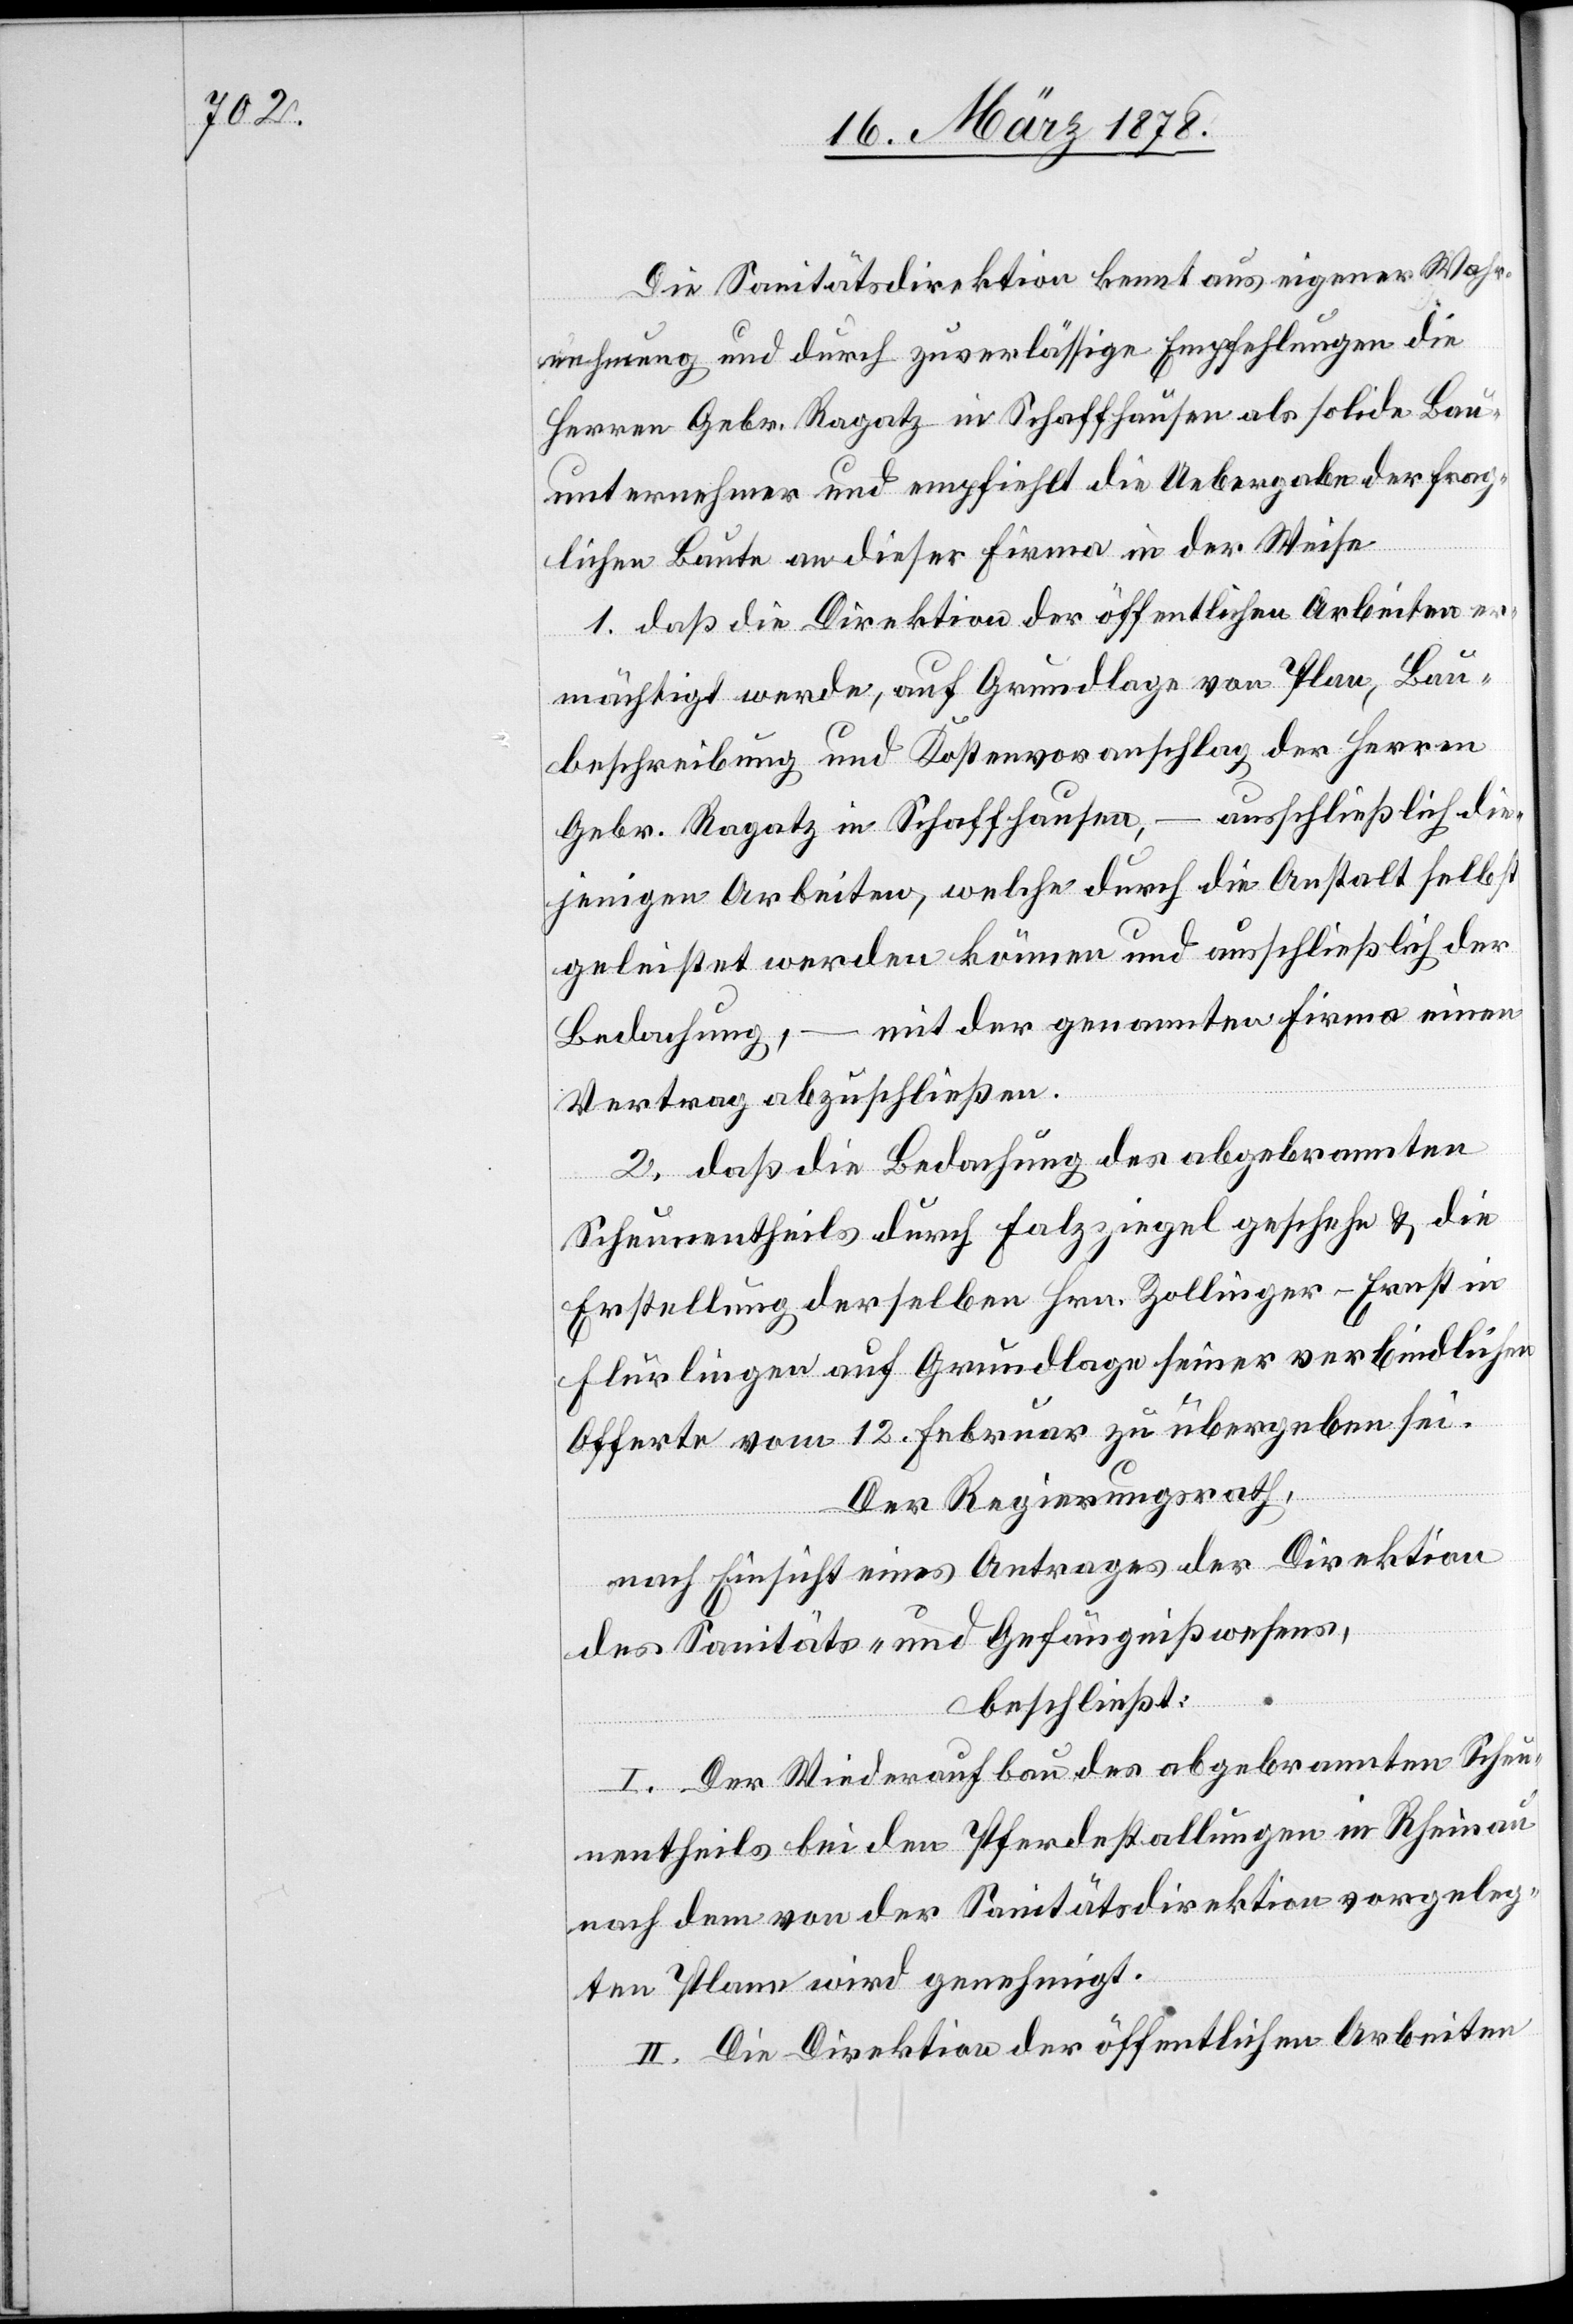
Die Sanitätsdirektion kennt aus eigener Wahr¬
nehmung und durch zuverlässige Empfehlungen die
Herren Gebr. Ragatz in Schaffhausen als solide Bau¬
unternehmer und empfiehlt die Uebergabe der frag¬
lichen Baute an dieser Firma in der Weise.
1. daß die Direktion der öffentlichen Arbeiten er¬
mächtigt werde, auf Grundlage von Plan, Bau¬
beschreibung und Kostenvoranschlag der Herren
Gebr. Ragatz in Schaffhausen, – ausschließlich die¬
jenigen Arbeiten, welche durch die Anstalt selbst
geleistet werden können und ausschließlich der
Bedachung, – mit der genannten Firma einen
Vertrag abzuschließen.
2. daß die Bedachung des abgebrannten
Scheunentheils durch Falzziegel geschehe & die
Erstellung derselben Hrn. Zollinger-Ernst in
Flurlingen auf Grundlage seiner verbindlichen
Offerte vom 12. Februar zu übergeben sei.
Der Regierungsrath,
nach Einsicht eines Antrages der Direktion
des Sanitäts- & Gefängnißwesens,
beschließt:
I. Der Wiederaufbau des abgebrannten Scheu¬
nentheils bei den Pferdestallungen in Rheinau
nach dem von der Sanitätsdirektion vorgeleg¬
ten Plane wird genehmigt.
II. Die Direktion der öffentlichen Arbeiten